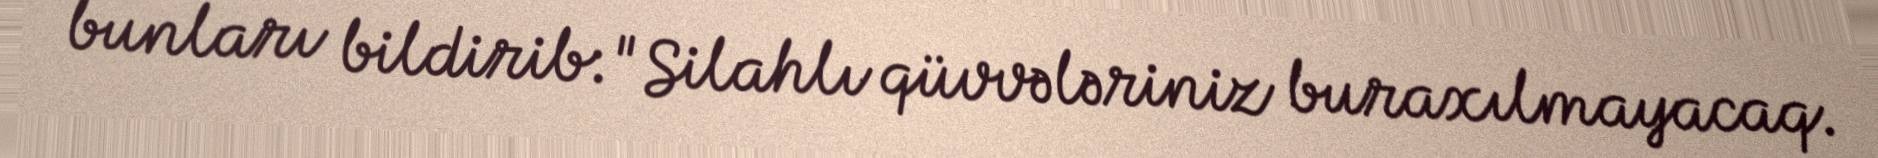
bunları bildirib: "Silahlı qüvvələriniz buraxılmayacaq.